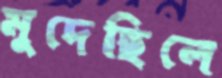
মুদেছিলে